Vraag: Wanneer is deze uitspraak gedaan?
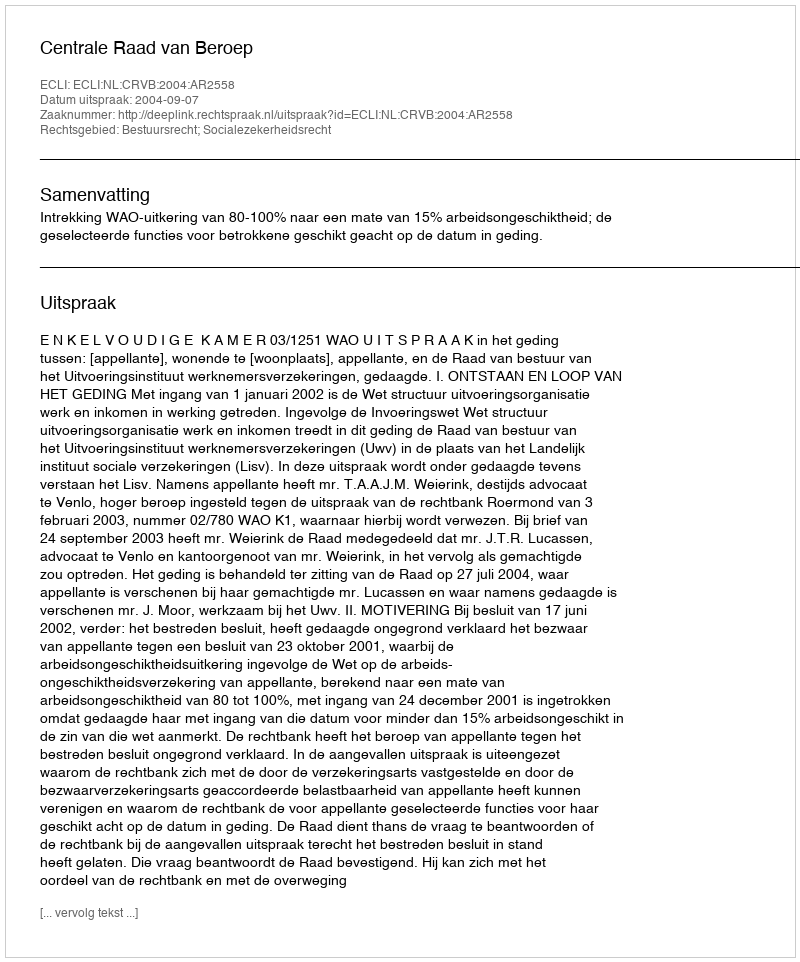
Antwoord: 2004-09-07